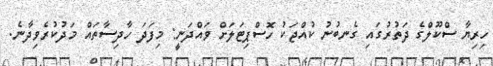
ހިރިޔާ ސްކޫލްގެ ދަތުރުގައި ގެނބުނު ކުއްޖަކު ހޮސްޕިޓަލަށް ވައްދަނީ: މިފަދަ ހާދިސާތައް މަދުކުރެވިދާނެ.